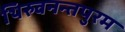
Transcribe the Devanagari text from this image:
थिरुवनन्तपुरम